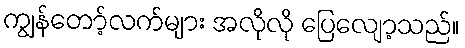
ကျွန်တော့်လက်များ အလိုလို ပြေလျော့သည်။